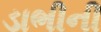
ડાભીની